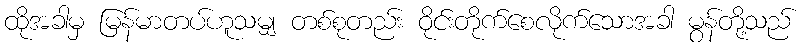
ထိုအခါမှ မြန်မာတပ်ဟူသမျှ တစ်စုတည်း ဝိုင်းတိုက်စေလိုက်သောအခါ မွန်တို့သည်